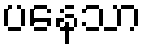
ပနေသာ